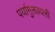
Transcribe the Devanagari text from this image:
पर्यामुक्तावली